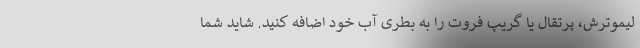
لیموترش، پرتقال یا گریپ فروت را به بطری آب خود اضافه کنید. شاید شما